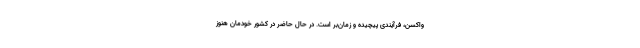
واکسن، فرآیندی پیچیده و زمان‌بر است. در حال حاضر در کشور خودمان هنوز